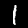
Label: 1